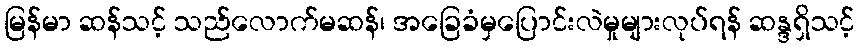
မြန်မာ ဆန်သင့် သည်လောက်မဆန်၊ အခြေခံမှပြောင်းလဲမှုများလုပ်ရန် ဆန္ဒရှိသင့်